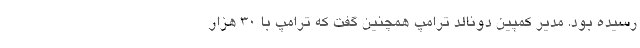
رسیده بود. مدیر کمپین دونالد ترامپ همچنین گفت که ترامپ با ۳۰ هزار